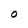
Character: O